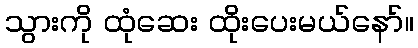
သွားကို ထုံဆေး ထိုးပေးမယ်နော်။